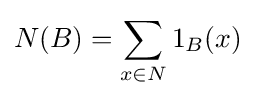
{N}(B)=\sum _{x\in {N}}1_{B}(x)